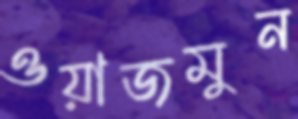
ওয়াজমুন